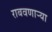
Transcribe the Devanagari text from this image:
राबवणाऱ्या